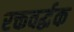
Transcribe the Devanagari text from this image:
रक्तवर्द्धक